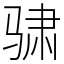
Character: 骕